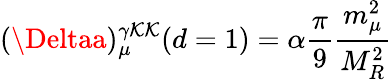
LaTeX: (\Deltaa)_{\mu}^{\gamma\mathcal{K}\mathcal{K}}(d=1)=\alpha\frac{{\pi}}{{9}}\frac{{m_{\mu}^{2}}}{{M_{R}^{2}}}